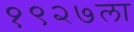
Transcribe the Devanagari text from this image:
१९२७ला